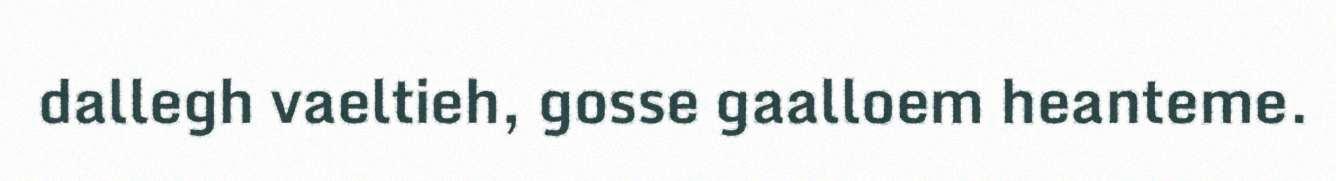
dallegh vaeltieh, gosse gaalloem heanteme.